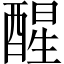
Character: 醒